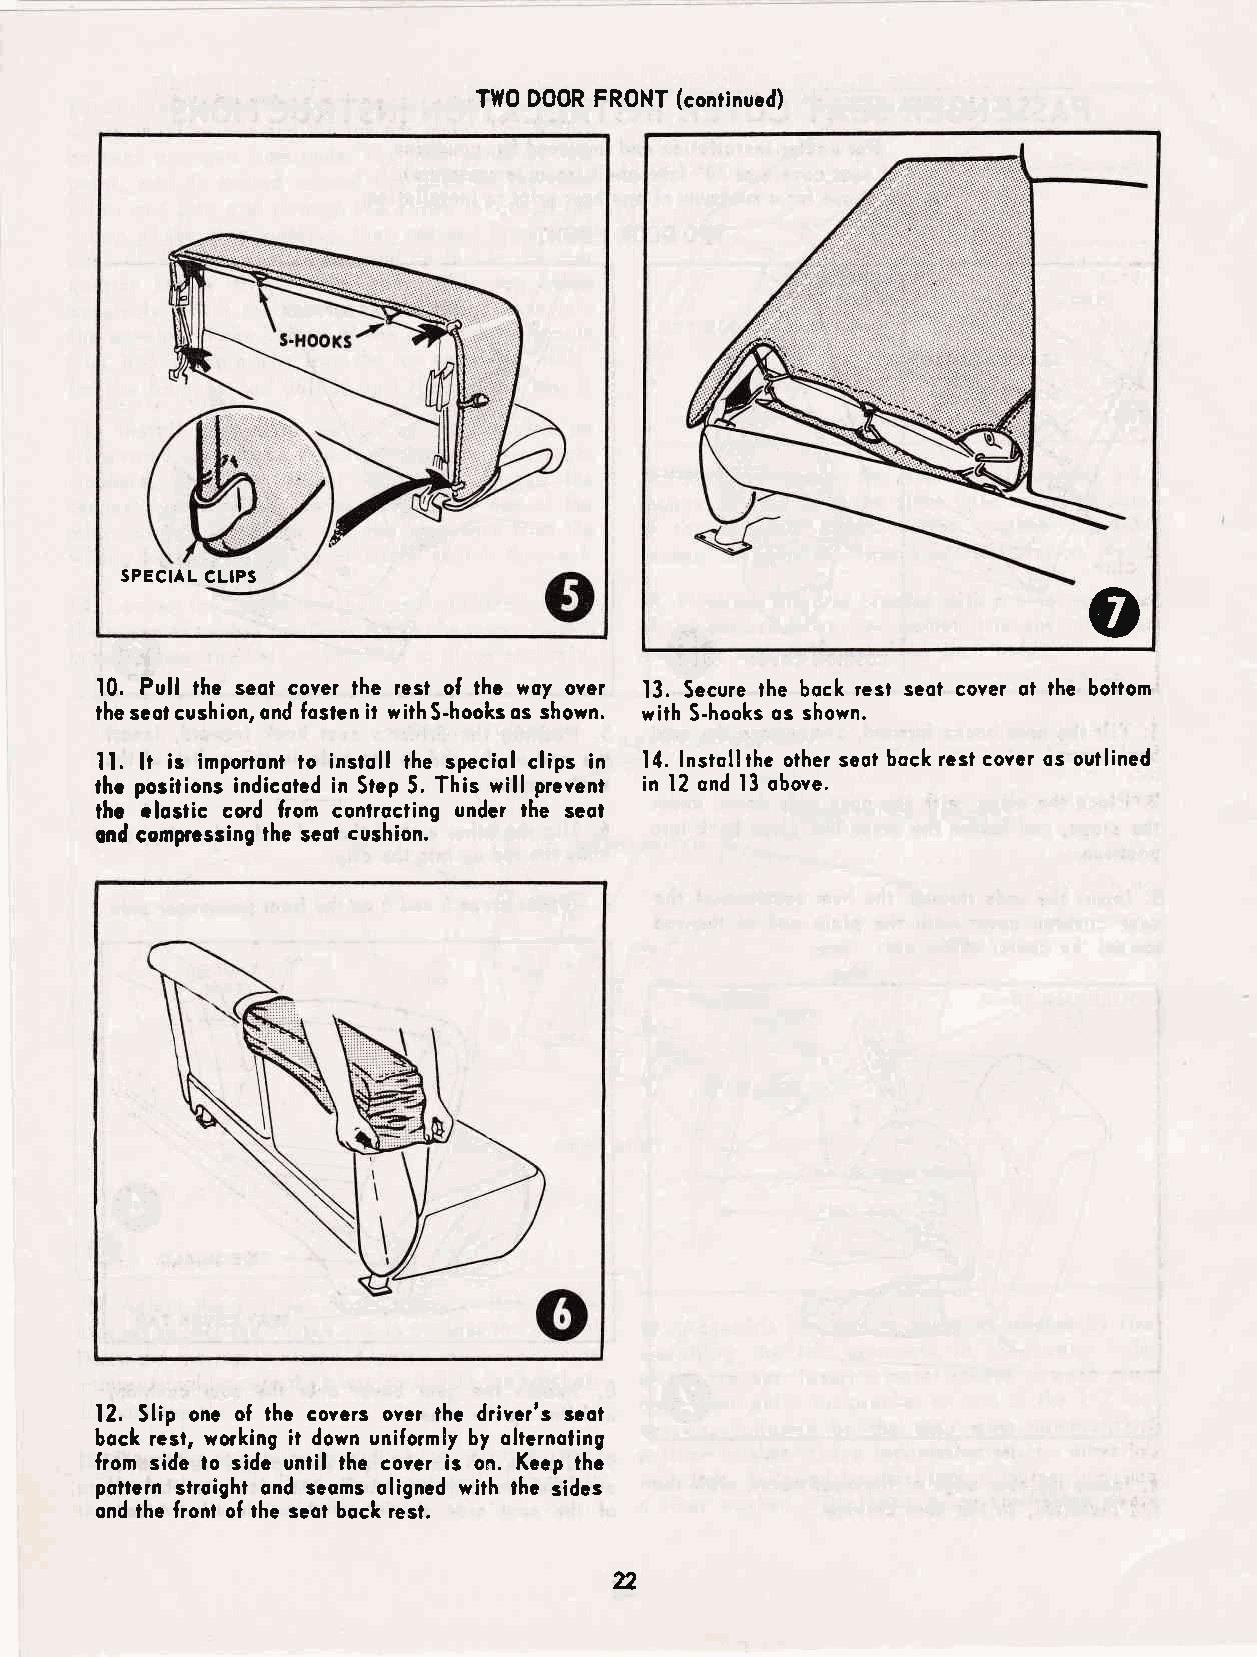
TlfO D00R FRONT (continucd)
 SPECIAL CLIPS                                                   o
 10. Pull the seot cover lhe resl of thc woy over 13. Secure the bock resl seol cover ol lhe bottom
 the saot cushion, ond fosten it with S-hooks os shown. with S-hooks os shown.
 ll. lt is importont to instoll the speciol clips in 14. lnstoll the other seot bock resl covcr os outlined
 lhc posilions indicotcd in Step 5. This wil! prevent in 12 ond l3 obove.
 thc rlostic cord fiom conlrocting undcr lhe seol
 cnd compcssing the scot cushion.
 12. Slip one of lhc covcrs ovcr lhc drivcr's scol
 bock rcst, working it down uniformly by oltcrnoling
 fiom side lo sidc until the covcr is on. Kccp thc
 pollGin stroight ond scoms oligncd with thc sidcs
 ond the front of the seot bock rest.
 n